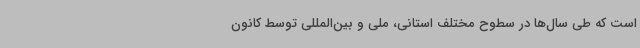
است که طی سال‌ها در سطوح مختلف استانی، ملی و بین‌المللی توسط کانون